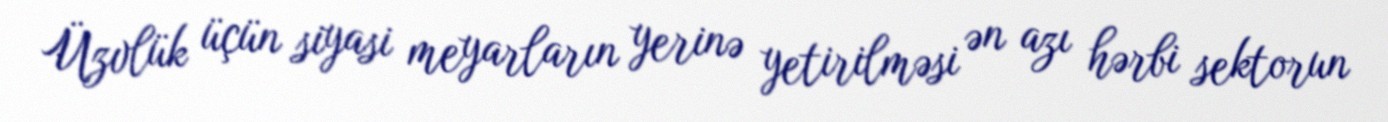
Üzvlük üçün siyasi meyarların yerinə yetirilməsi ən azı hərbi sektorun